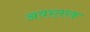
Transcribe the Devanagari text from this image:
अवरतरक